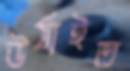
উঠাইত